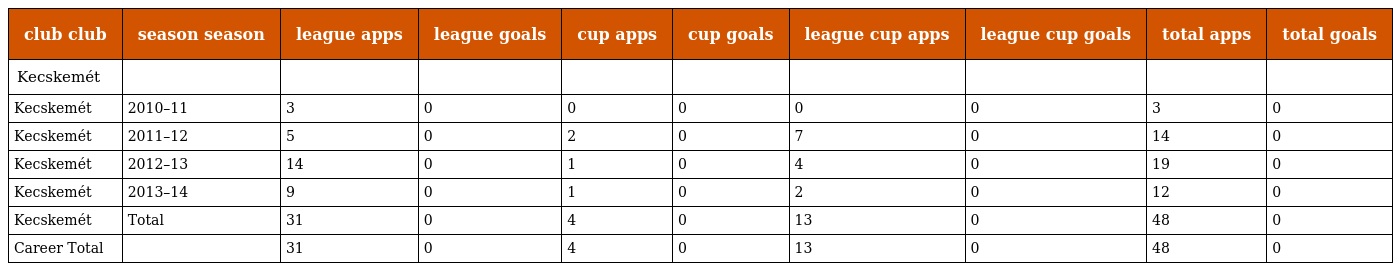
| club club | season season | league apps | league goals | cup apps | cup goals | league cup apps | league cup goals | total apps | total goals |
 | --- | --- | --- | --- | --- | --- | --- | --- | --- | --- |
 | Kecskemét |  |  |  |  |  |  |  |  |  |
 | Kecskemét | 2010–11 | 3 | 0 | 0 | 0 | 0 | 0 | 3 | 0 |
 | Kecskemét | 2011–12 | 5 | 0 | 2 | 0 | 7 | 0 | 14 | 0 |
 | Kecskemét | 2012–13 | 14 | 0 | 1 | 0 | 4 | 0 | 19 | 0 |
 | Kecskemét | 2013–14 | 9 | 0 | 1 | 0 | 2 | 0 | 12 | 0 |
 | Kecskemét | Total | 31 | 0 | 4 | 0 | 13 | 0 | 48 | 0 |
 | Career Total |  | 31 | 0 | 4 | 0 | 13 | 0 | 48 | 0 |